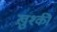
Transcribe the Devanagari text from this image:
ख़ुश्की